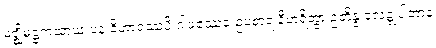
မဇ္ဈိမဋ္ဌကထာယံ ပန ဝိဟာရဿပိ ဂါမဿေဝ ဥပစာရံ နီဟရိတွာ ဥဘိန္နံ လေဍ္ဍုပါတာနံ